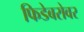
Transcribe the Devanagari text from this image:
फिडेबरोवर